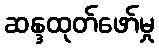
ဆန္ဒထုတ်ဖော်မှု